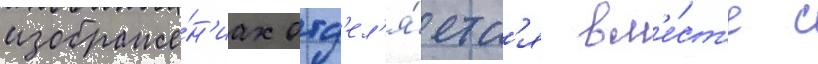
изображе́н'иах отд'ел'я́етс'я вм'е́ст'е с